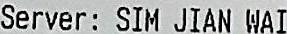
SERVER: SIM JIAN WAI